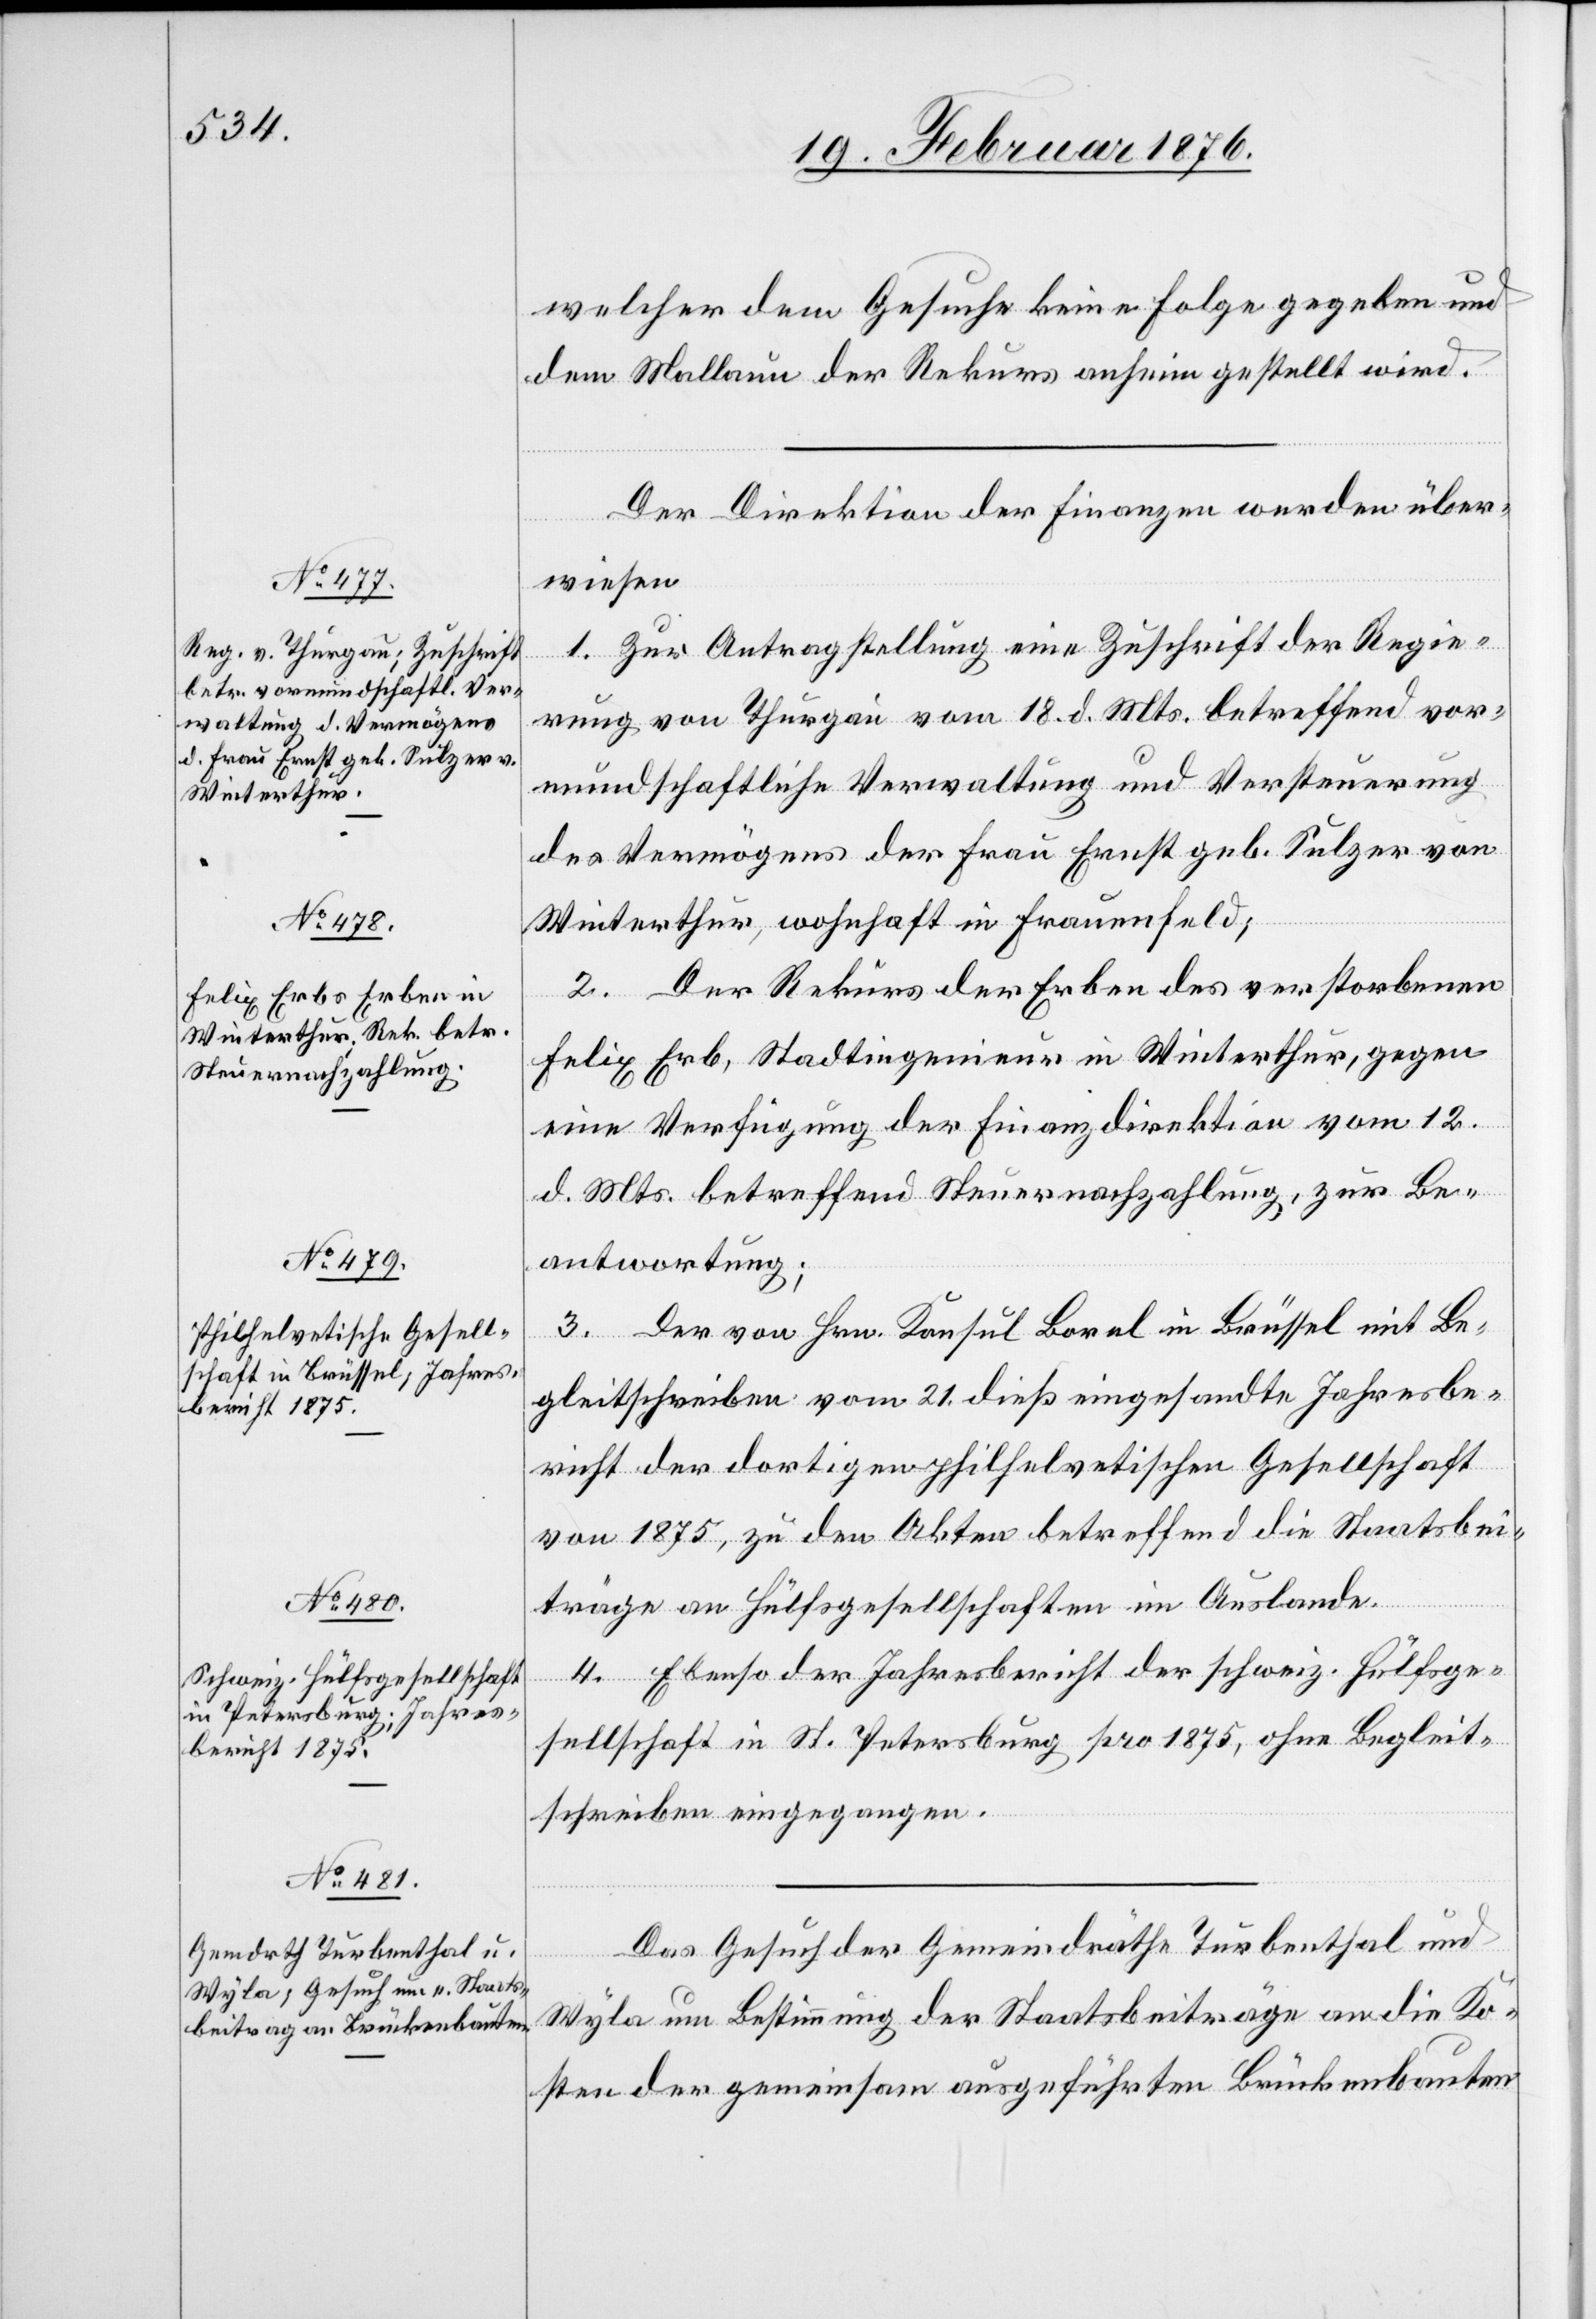
23. Februar 1876.]
welcher dem Gesuche keine Folge gegeben und
dem Mallaun der Rekurs anhin gestellt wird.
Der Direktion der Finanzen werden über¬
wiesen
1. Zur Antragstellugn eine Zuschrift der Regie¬
rung von Thurgau vom 18. d. Mts. betreffend vor¬
mundschaftliche Verwaltung und Versteuerung
des Vermögens der Frau Ernst geb. Sulzer von
Winterthur, wohnhaft in Frauenfeld;
2. Der Rekurs der Erben des verstorbenen
Felix Erb, Stadtingenieur in Winterthur, gegen
eine Verfügung der Finanzdirektion vom 12.
d. Mts. betreffend Steuernachzahlung, zur Be¬
antwortung;
3. Der von Hrn. Konsul Boral in Brüssel mit Be¬
gleitschreiben vom 21. dieß eingesandte Jahresbe¬
richt der dortigen philhelvetischen Gesellschaft
von 1875, zu den Akten betreffen die Staatsbei¬
träge an Hülfsgesellschaften im Ausland.
4. Ebenso der Jahresbericht der schweiz. Hülfsge¬
sellschaft in St. Petersburg pro 1875, ohne Begleit¬
schreiben eingegangen.
Das Gesuch der Gemeindräthe Turbenthal und
Wyla um Bestimmung der Staatbeiträge an die Ko¬
sten der gemeinsam ausgeführten Brückenbauten